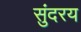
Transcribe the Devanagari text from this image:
सुंदरय